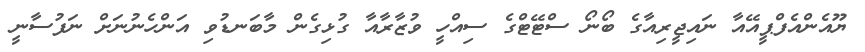
ޔޫއެންއެފްޕީއޭއާ ނައިޖީރިއާގެ ބޯނޯ ސްޓޭޓްގެ ސިއްހީ ވުޒާރާއާ ގުޅިގެން މާބަނޑުވި އަންހެނުނަށް ނަފުސާނީ